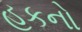
હકનો